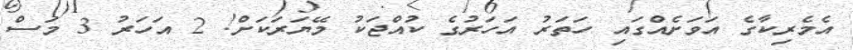
އެމެރިކާގެ އަވަށެއްގައި ހަތަރު އަހަރުގެ ކުއްޖަކު މޭޔަރަކަށް! 2 އަހަރު 3 މަސް